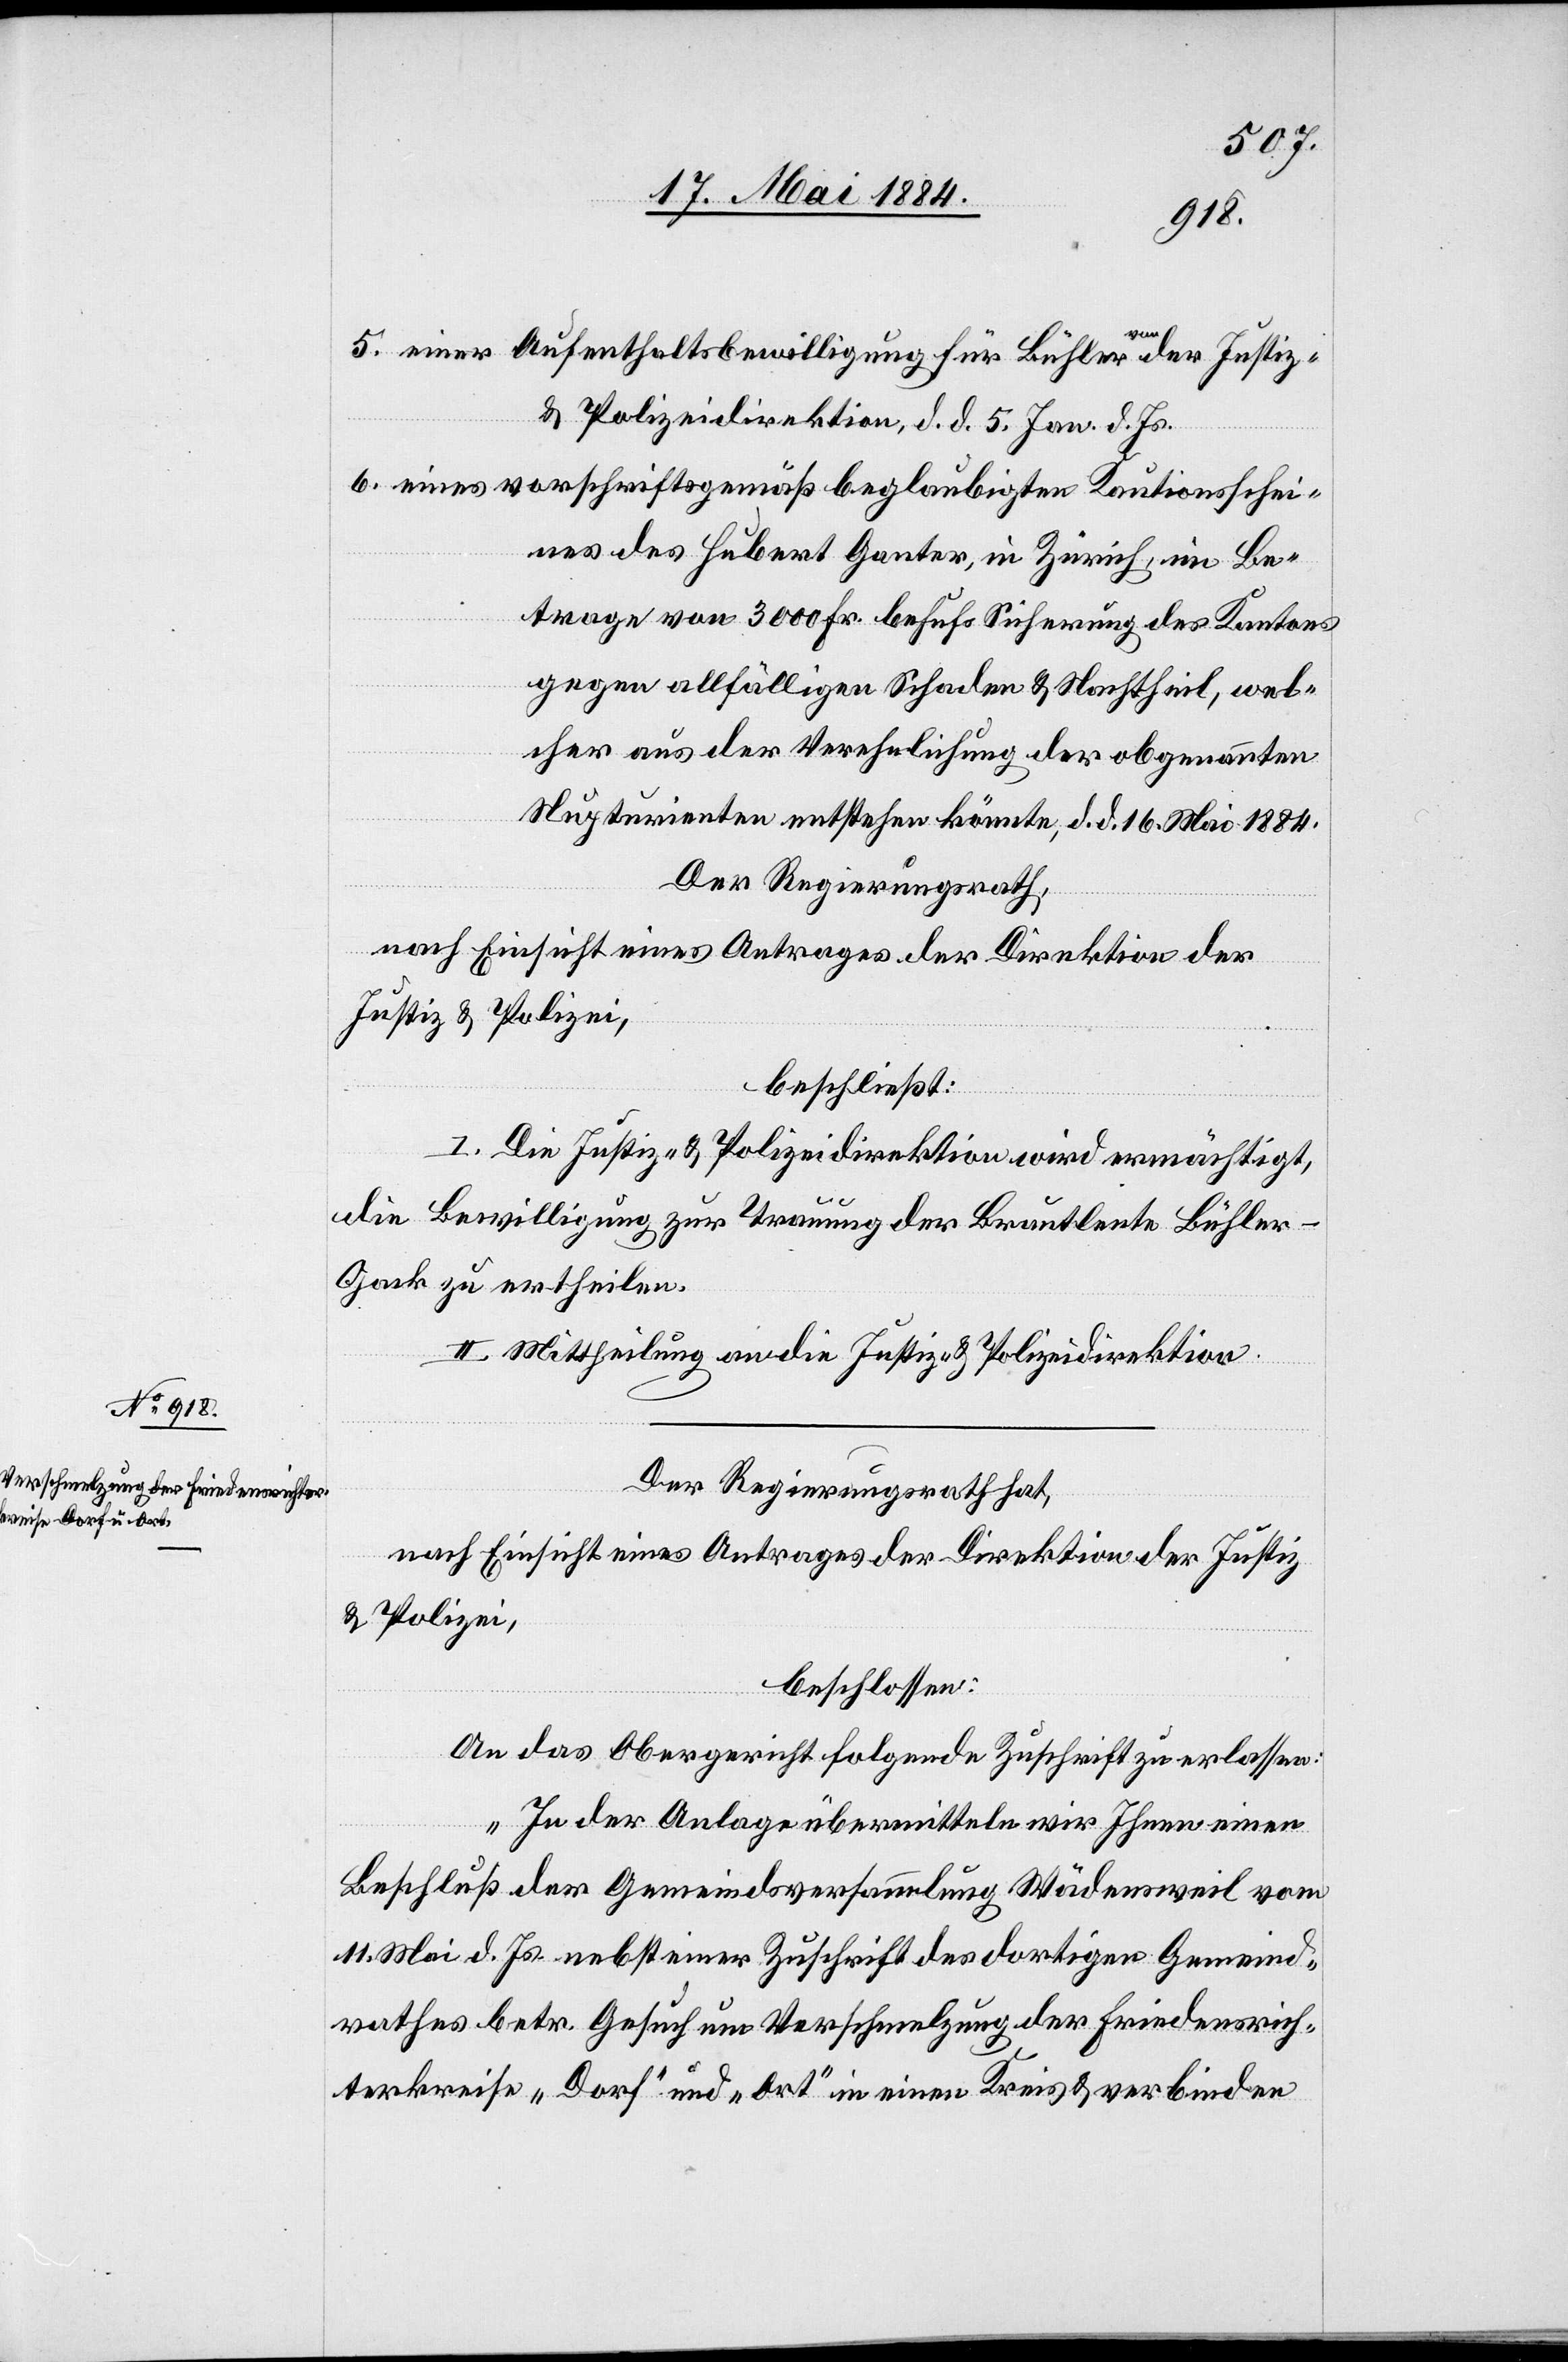
schei¬
& Polizeidirektion, d. d. 5. Jan. d. Js.
nes des Hubert Ganter, in Zürich, im Be¬
trage von 300 Fr. behufs Sicherung des Kantons
gegen allfälligen Schaden & Nachtheil, wel¬
cher aus der Verehelichung der obgenannten
Nupturienten entstehen könnte, d. d. 16. Mai 1884.
Der Regierungsrath,
nach Einsicht eines Antrages der Direktion der
Justiz- & Polizei,
beschließt:
I. Die Justiz- & Polizeidirektion wird ermächtigt,
die Bewilligung zur Trauung der Brautleute Bühle¬
r-Gack zu ertheilen.
II. Mittheilung an die Justiz- & Polizeidirektion.
Der Regierungsrath hat,
nach Einsicht eines Antrages der Direktion der Justiz-
& Polizei,
beschlossen:
An das Obergericht folgende Zuschrift zu erlassen:
„In der Anlage übermitteln wir Ihnen einen
Beschluß der Gemeindeversammlung Wädensweil vom
11. Mai d. Js. nebst einer Zuschrift des dortigen Gemeind¬
rathes betr. Gesuch um Verschmelzung der Friedensrich¬
terkreise „Dorf“ und „Ort“ in einen Kreis & verbinden